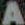
A